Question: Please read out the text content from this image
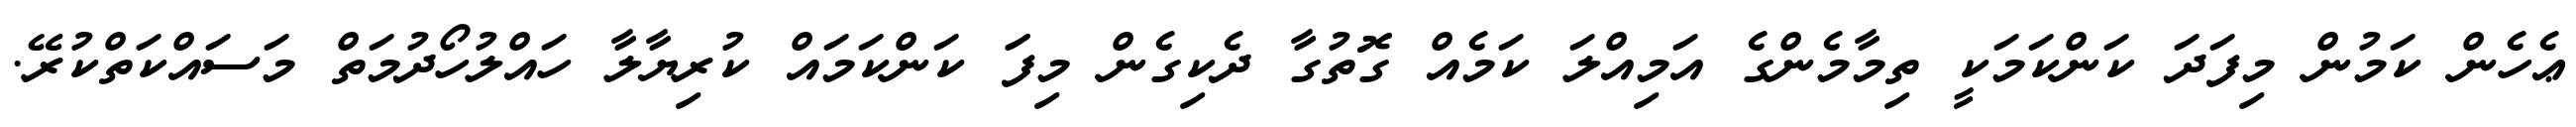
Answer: ޢެހެން ކަމުން މިފަދަ ކަންކަމަކީ ތިމާމެންގެ އަމިއްލަ ކަމެއް ގޮތުގާ ދެކިގެން މިފަަ ކަންކަމައް ކުރިޔާލާ ހައްލުހޯދުމަތް މަސައްކަތްކުރޭ.